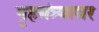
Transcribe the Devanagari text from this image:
गृहमंत्र्यावर